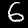
Label: 6